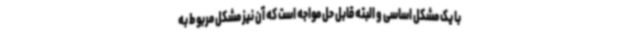
با یک مشکل اساسی و البته قابل حل مواجه است که آن نیز مشکل مربوط به